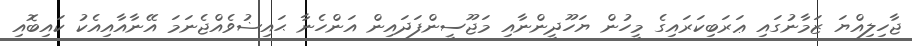
ޖާހިލިއްޔަ ޒަމާނުގައި ޢަރަބިކަރައިގެ މީހުން ޔަހޫދީންނާއި މަޖޫސީންފަދައިން އަންހެނާ ޙައިޟުވެއްޖެނަމަ އޭނާއާއިއެކު ކައިބޮއި